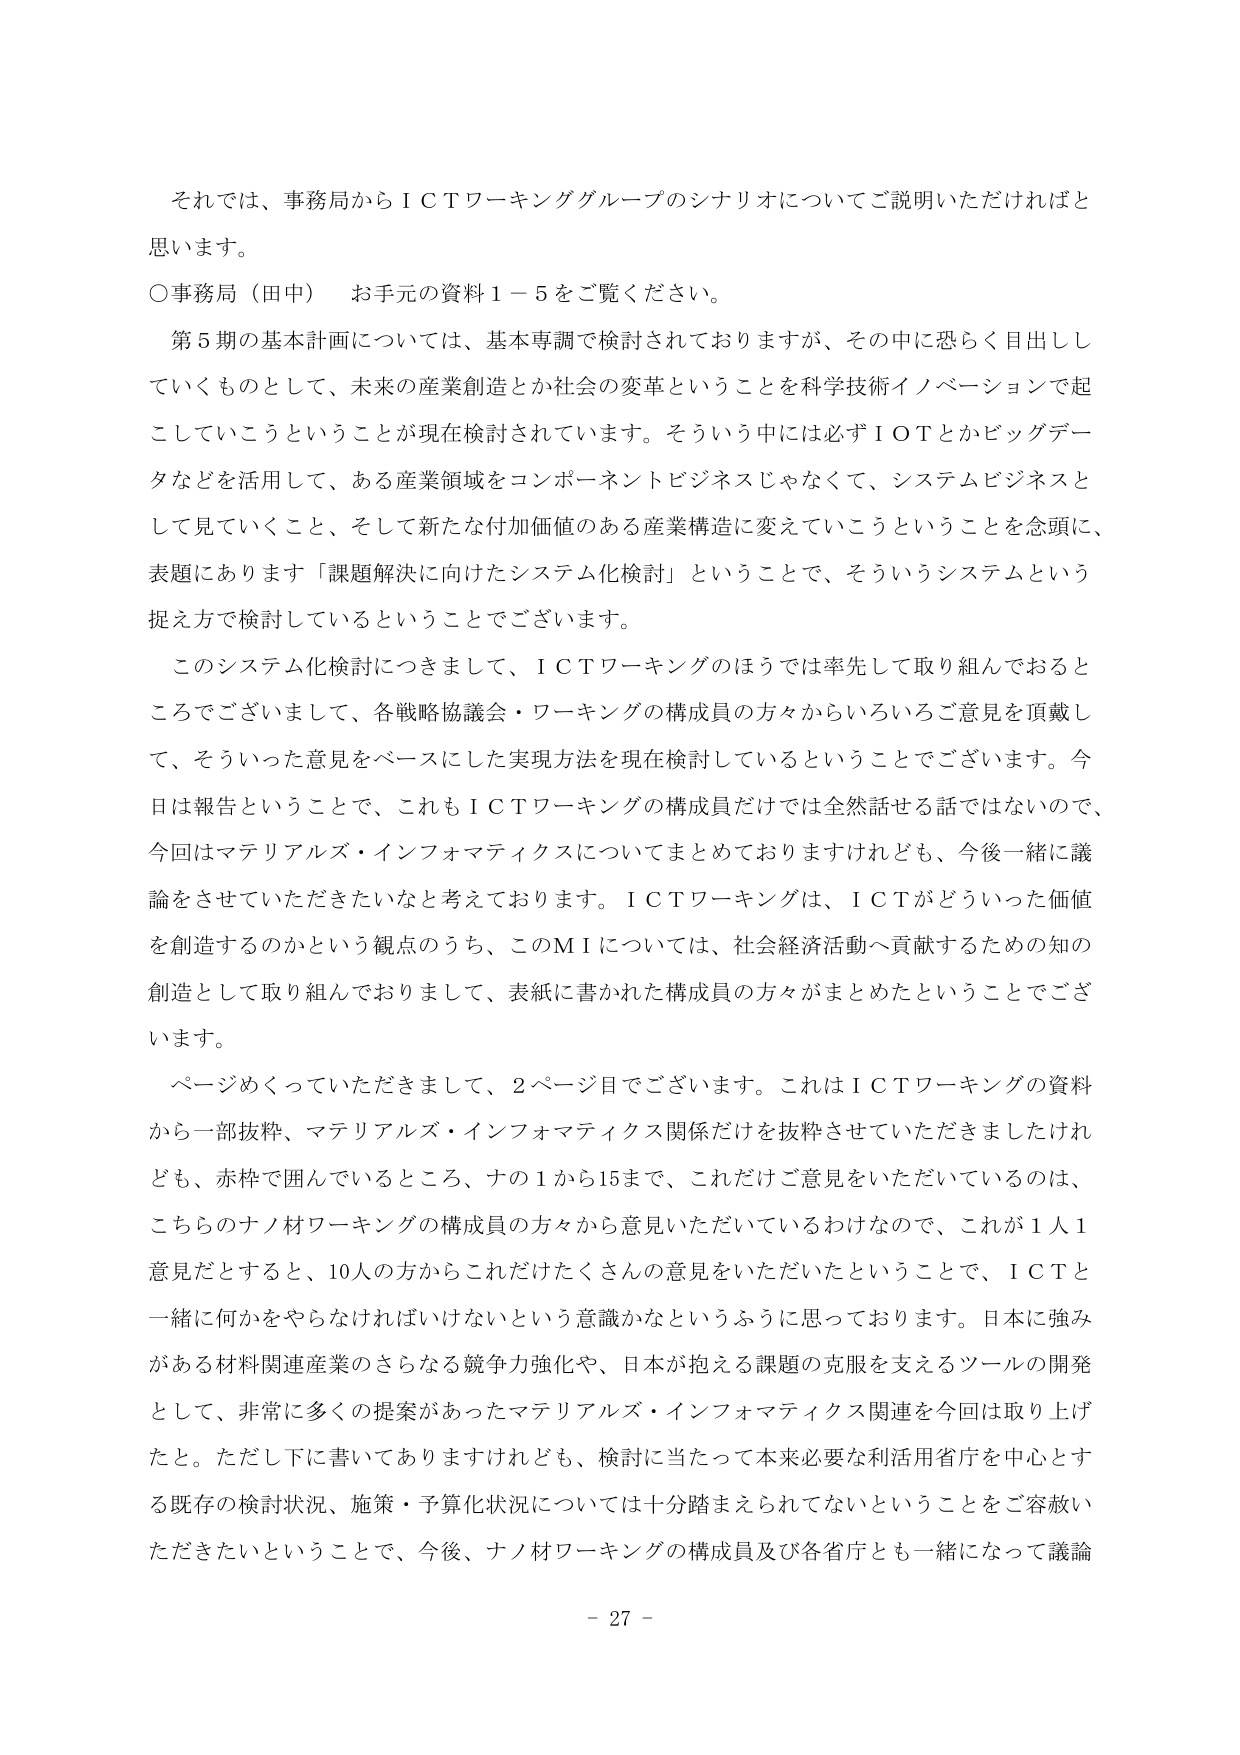
それでは、事務局からＩＣＴワーキンググループのシナリオについてご説明いただければと思います。

○事務局（田中）　お手元の資料１－５をご覧ください。

第５期の基本計画については、基本専調で検討されておりますが、その中に恐らく目出ししていくものとして、未来の産業創造とか社会の変革ということを科学技術イノベーションで起こしていこうということが現在検討されています。そういう中には必ずＩＯＴとかビッグデータなどを活用して、ある産業領域をコンポーネントビジネスじゃなくて、システムビジネスとして見ていくこと、そして新たな付加価値のある産業構造に変えていこうということを念頭に、表題にあります「課題解決に向けたシステム化検討」ということで、そういうシステムという捉え方で検討しているということでございます。

このシステム化検討につきまして、ＩＣＴワーキングのほうでは率先して取り組んでおるところでございまして、各戦略協議会・ワーキングの構成員の方々からいろいろご意見を頂戴して、そういった意見をベースにした実現方法を現在検討しているということでございます。今日は報告ということで、これもＩＣＴワーキングの構成員だけでは全然話せる話ではないので、今回はマテリアルズ・インフォマティクスについてまとめておりますけれども、今後一緒に議論をさせていただきたいなと考えております。ＩＣＴワーキングは、ＩＣＴがどういった価値を創造するのかという観点のうち、このＭＩについては、社会経済活動へ貢献するための知の創造として取り組んでおりまして、表紙に書かれた構成員の方々がまとめたということでございます。

ページめくっていただきまして、２ページ目でございます。これはＩＣＴワーキングの資料から一部抜粋、マテリアルズ・インフォマティクス関係だけを抜粋させていただきましたけれども、赤枠で囲んでいるところ、ナの１から15まで、これだけご意見をいただいているのは、こちらのナノ材ワーキングの構成員の方々から意見いただいているわけなので、これが１人１意見だとすると、10人の方からこれだけたくさんの意見をいただいたということで、ＩＣＴと一緒に何かをやらなければならないという意識かなというふうに思っております。日本に強みがある材料関連産業のさらなる競争力強化や、日本が抱える課題の克服を支えるツールの開発として、非常に多くの提案があったマテリアルズ・インフォマティクス関連を今回は取り上げたと。ただし下に書いてありますけれども、検討に当たって本来必要な利活用省庁を中心とする既存の検討状況、施策・予算化状況については十分踏まえられていないということをご容赦いただきたいということで、今後、ナノ材ワーキングの構成員及び各省庁とも一緒になって議論

－ 27 －